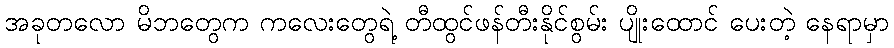
အခုတလော မိဘတွေက ကလေးတွေရဲ့ တီထွင်ဖန်တီးနိုင်စွမ်း ပျိုးထောင် ပေးတဲ့ နေရာမှာ